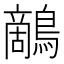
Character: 𪄱